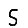
Digit: 5